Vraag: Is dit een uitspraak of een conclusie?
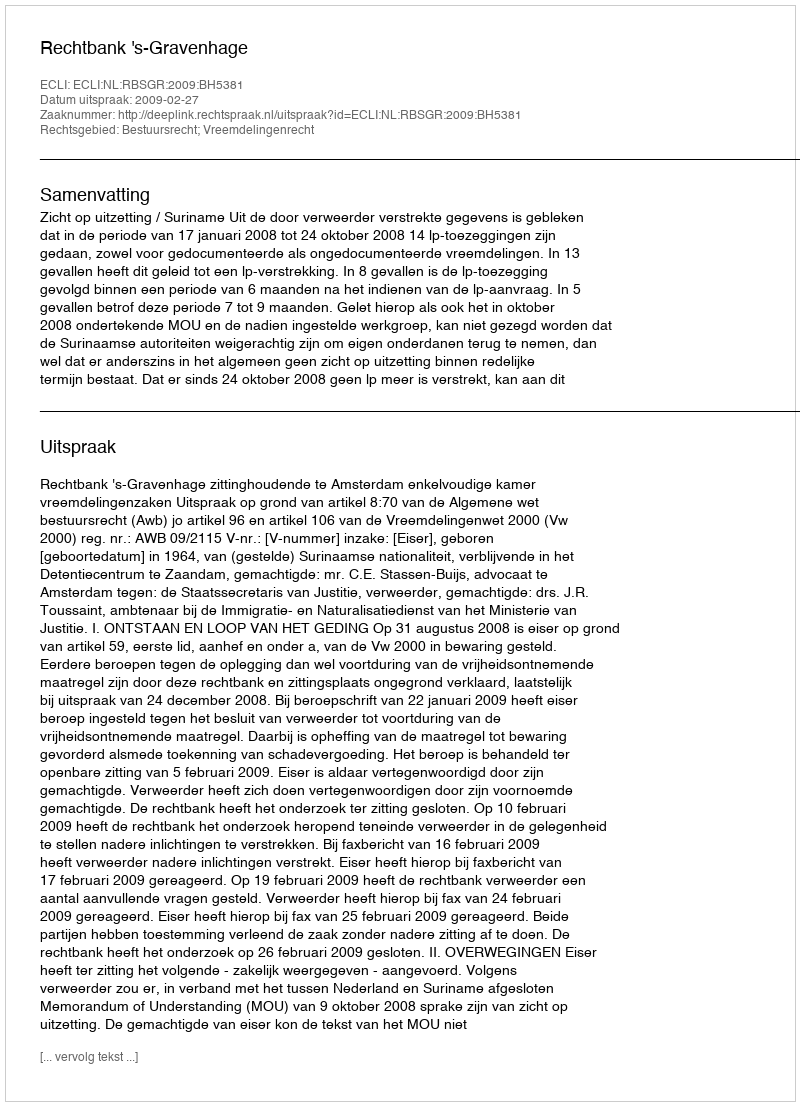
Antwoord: Uitspraak